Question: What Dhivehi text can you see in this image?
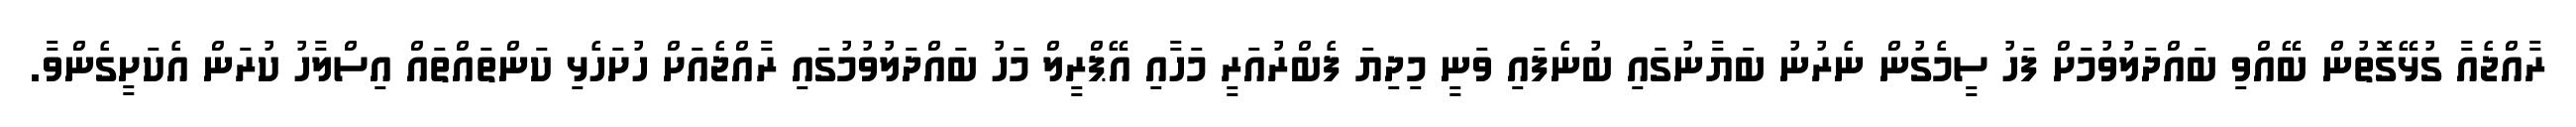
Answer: ރާއްޖެއާ ގުޅޭގޮތުން ބޭއްވި ބައްދަލުވުމަށް ފަހު ސީމެގުން ނެރުނު ބަޔާނުގައި ބުނެފައި ވަނީ މިދިޔަ ފެބްރުއަރީ މަހާއި އޭޕްރީލް މަހު ބައްދަލުވުމުގައި ރާއްޖެއަށް ހުށަހެޅި ކަންތައްތައް އިސްލާހު ކުރަން އެކަށީގެންވާ.